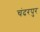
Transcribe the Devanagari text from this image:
चंदरपुर